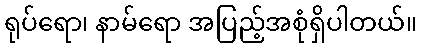
ရုပ်ရော၊ နာမ်ရော အပြည့်အစုံရှိပါတယ်။